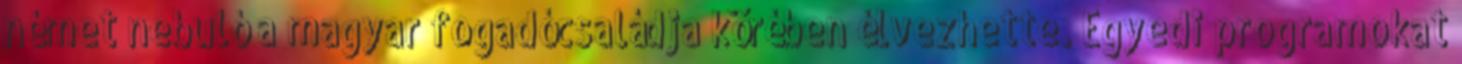
német nebuló a magyar fogadócsaládja körében élvezhette. Egyedi programokat